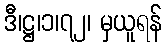
ဒီ၊ဋ္ဌ၊၁၊၇၂၊ မှယူရန်